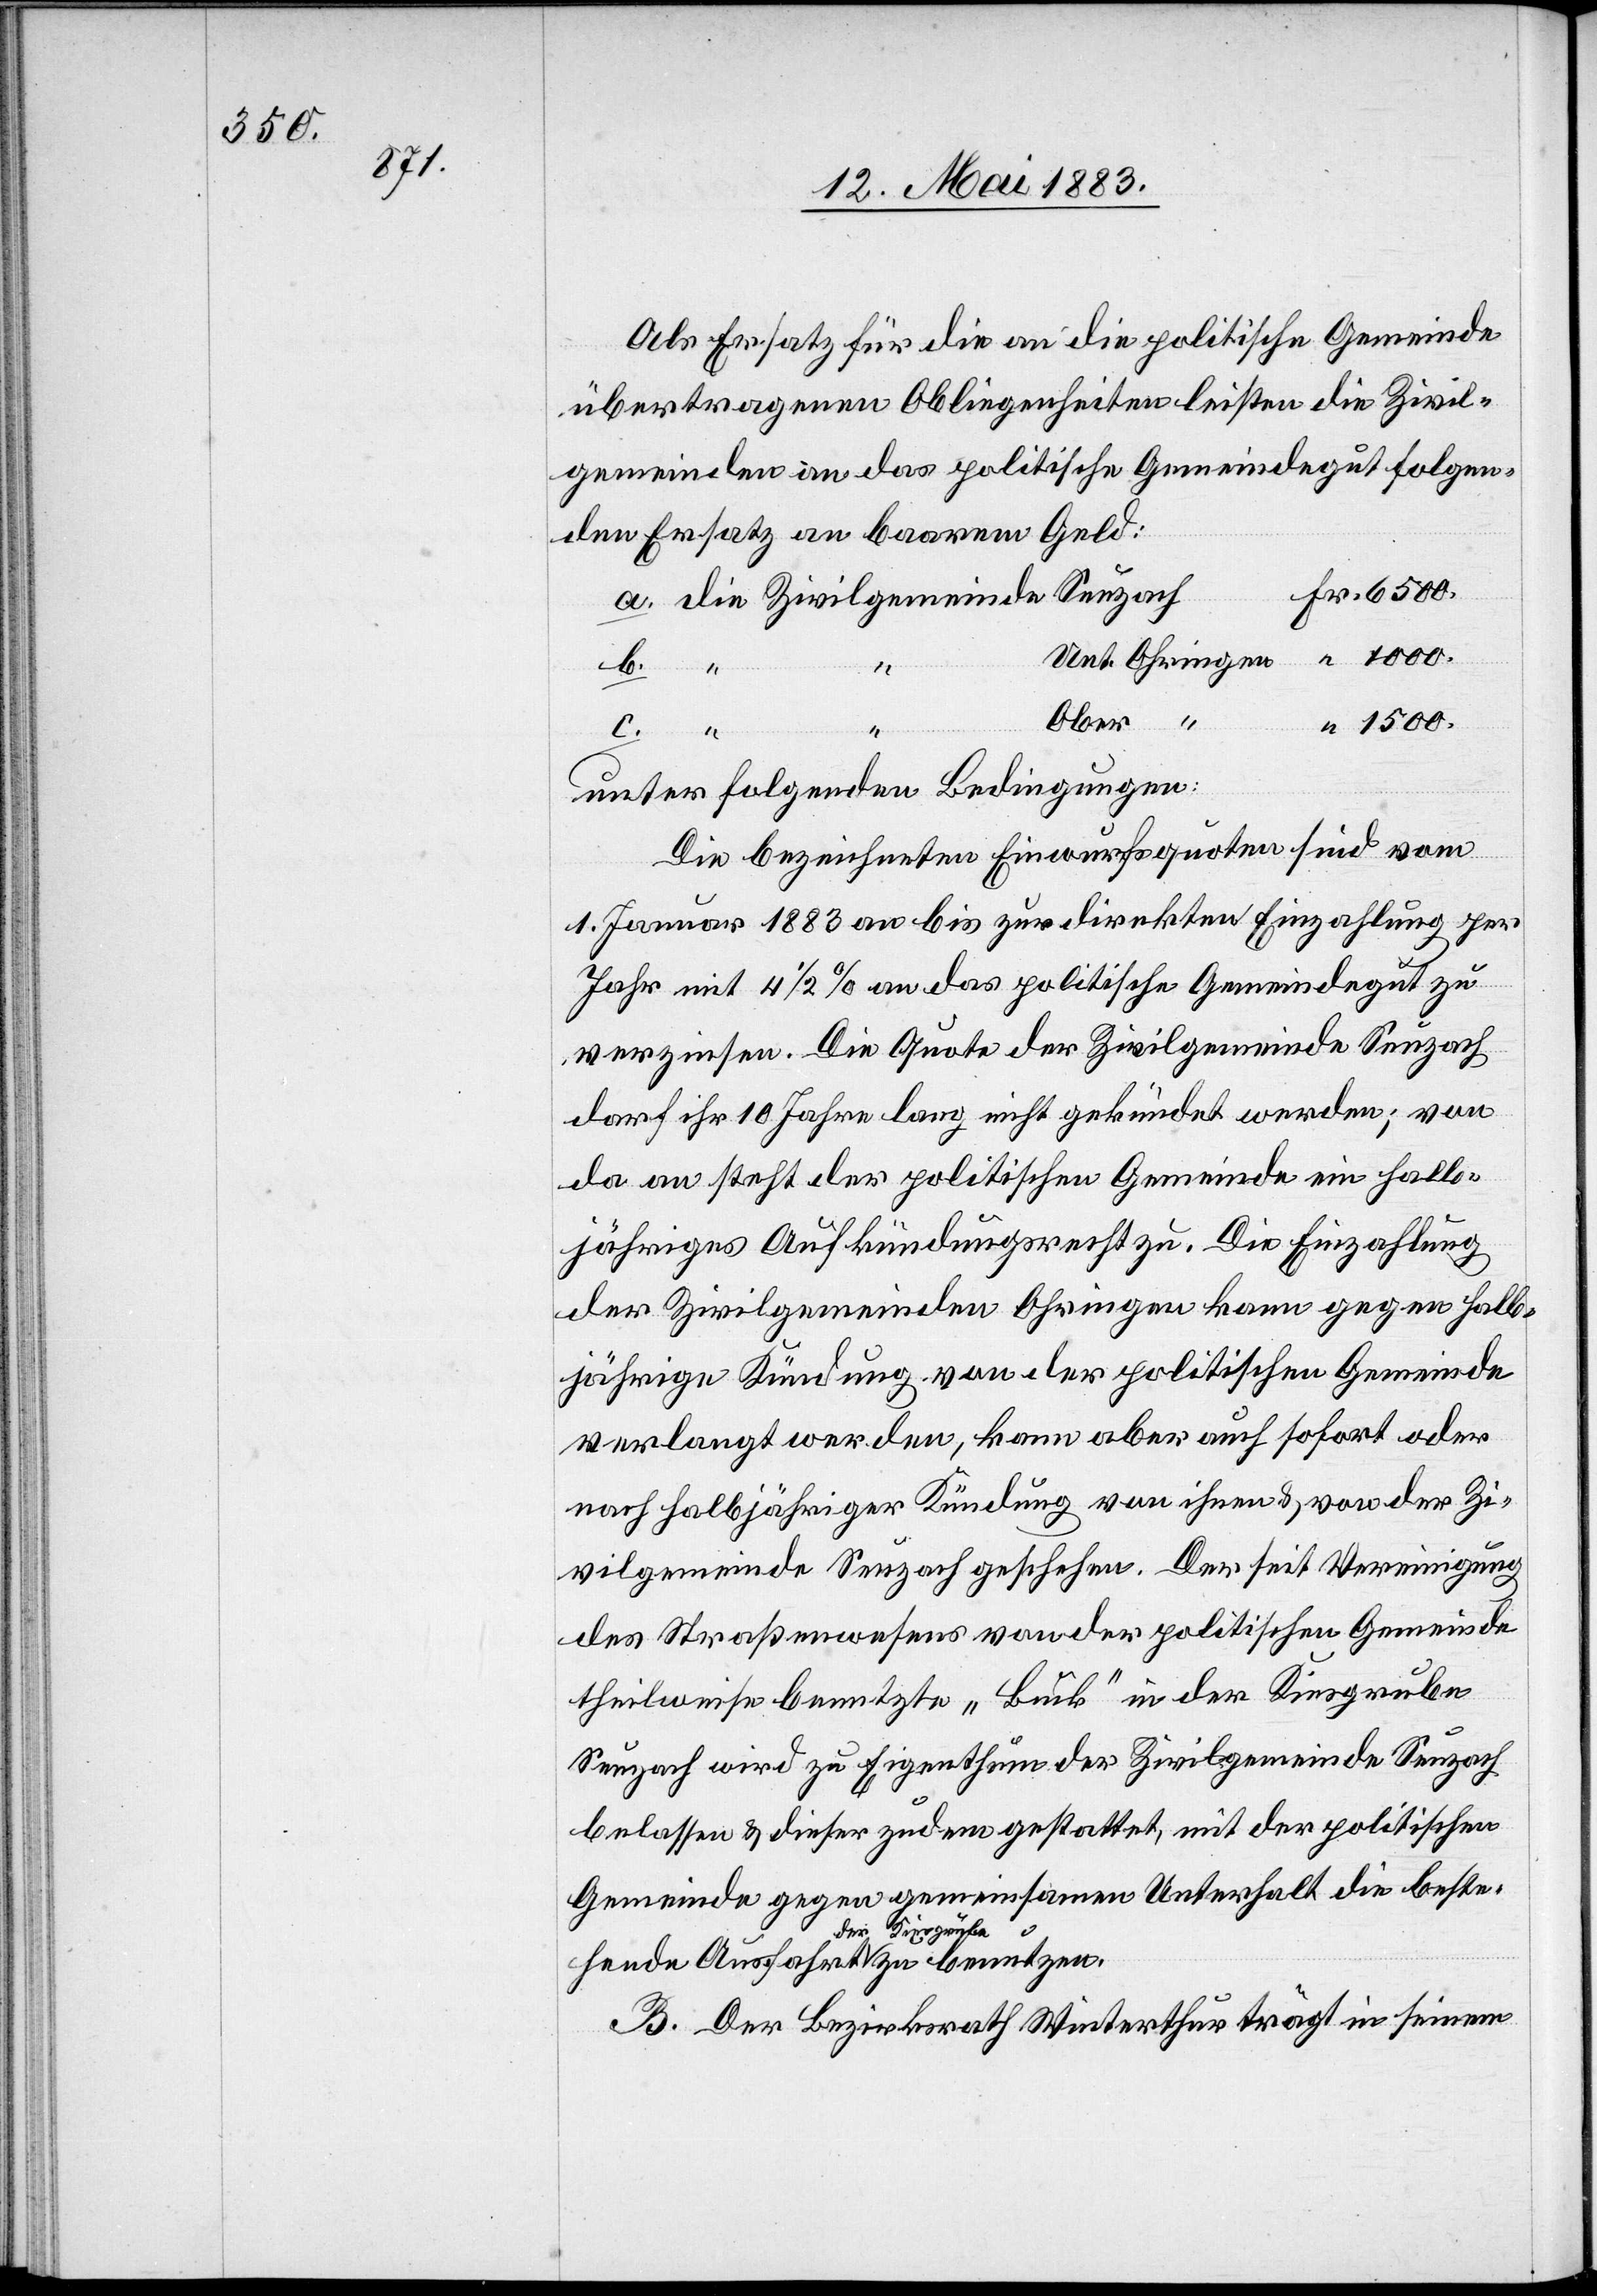
1500.

Als Ersatz für die an die politische Gemeinde
übertragenen Obliegenheiten leisten die Zivil¬
gemeinden an das politische Gemeindegut folgen¬
den Ersatz an baarem Geld:
b.
zu benutzen.
1000.
Ober “
c.
unter folgenden Bedingungen:
Die bezeichneten Einwurfsquoten sind vom
1. Januar 1883 an bis zur direkten Einzahlung per
Jahr mit 4 1/2% an das politische Gemeindegut zu
verzinsen. Die Quote der Zivilgemeinde Seuzach
darf ihr 10 Jahre lang nicht gekündet werden; von
da an steht der politischen Gemeinde ein halb¬
jähriges Aufkündungsrecht zu. Die Einzahlung
der Zivilgemeinden Ohringen kann gegen halb¬
jährige Kündung von der politischen Gemeinde
verlangt werden, kann aber auch sofort oder
nach halbjähriger Kündung von ihnen & von der Zi¬
vilgemeinde Seuzach geschehen. Der seit Vereinigung
des Straßenwesens von der politischen Gemeinde
theilweise benutzte „Buck“ in der Kiesgrube
Seuzach wird zu Eigenthum der Zivilgemeinde Seuzach
belassen & dieser zudem gestattet, mit der politischen
Gemeinde gegen gemeinsamen Unterhalt die beste¬
der Kiesgrube
B. Der Bezirksrath Winterthur trägt in seinem